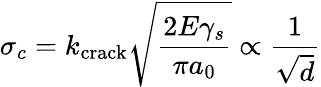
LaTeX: \sigma_{c}=k_{\mathrm{crack}}{\sqrt{\frac{2E\gamma_{s}}{\pi a_{0}}}}\propto{\frac{1}{\sqrt{d}}}